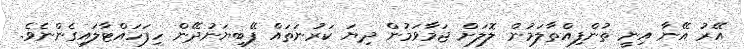
އޭރު އޭނާ އިނީ ތުންފިއްތާލަމުން ލޮލަށް ޖަމާވަމުން ދިޔަ ކަރުނަތައް ފޭބިޔަނުދޭން ހިފަހައްޓާލައިގެންނެވެ.